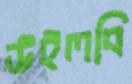
উইলবি